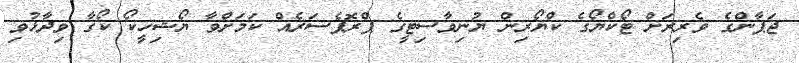
ޖަޕާންގެ ވެރިރަށް ޓޯކްޔޯގެ ކްޔޯރިން ޔުނިވާސިޓީގެ ޕްރޮފެސަރެއް ކަމަށްވާ ޔޯޝިހީކޯ ކޯގާ ވިދާޅުވި